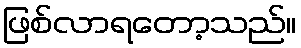
ဖြစ်လာရတော့သည်။